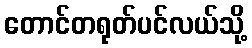
တောင်တရုတ်ပင်လယ်သို့